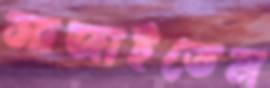
সাজাইতেন